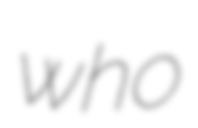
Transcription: who